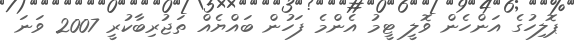
ޕޮލިހުގެ އަންހެން ވޮލީ ޓީމު އެންމެ ފަހުން ބައްޔެއް ތަޖުރިބާކުރީ 2007 ވަނަ